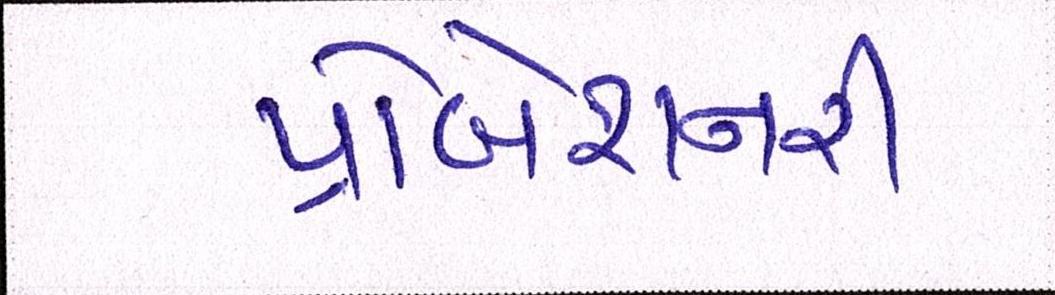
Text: પ્રોબેશનરી